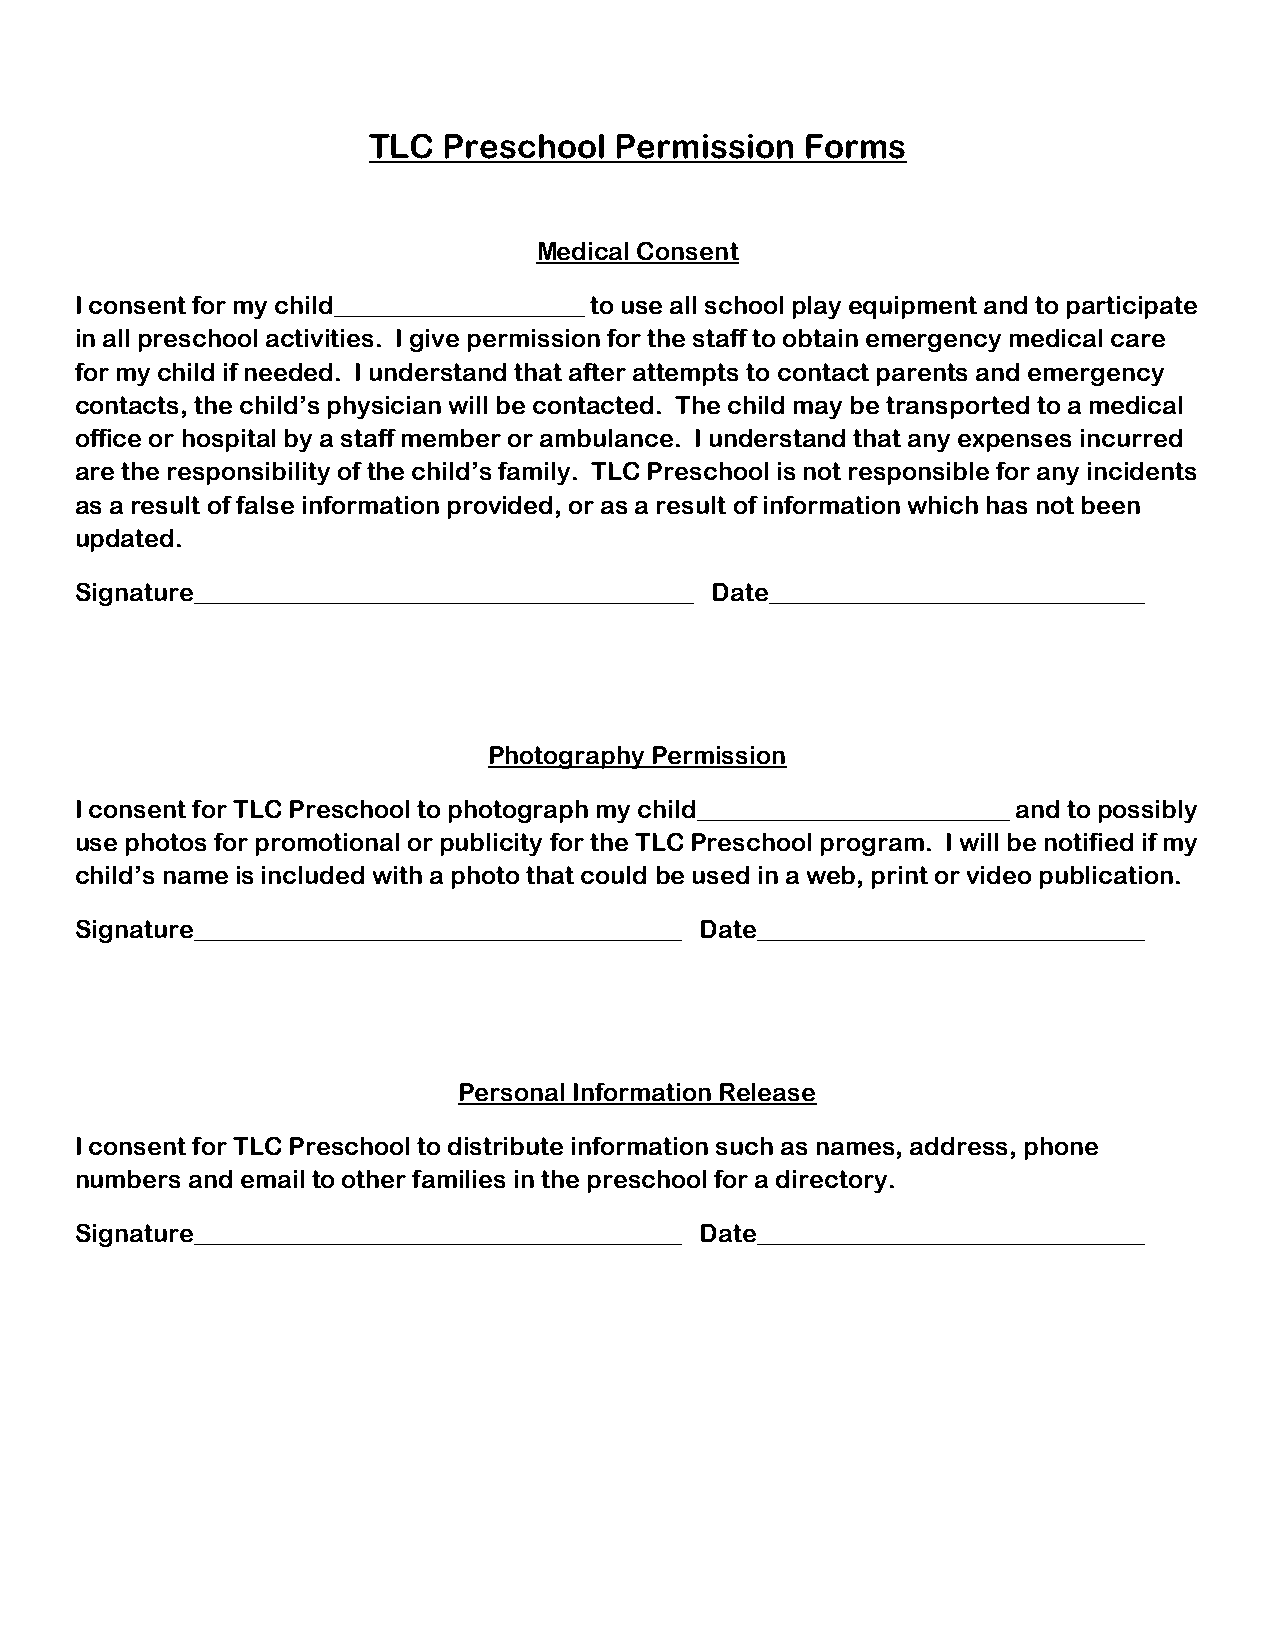
TLC  Preschool   Permission  Forms
 Medical Consent
 I consent for my child____________________ to use all school play equipment and to participate
 in all preschool activities. I give permission for the staff to obtain emergency medical care
 for my child if needed. I understand that after attempts to contact parents and emergency
 contacts, the child’s physician will be contacted. The child may be transported to a medical
 office or hospital by a staff member or ambulance. I understand that any expenses incurred
 are the responsibility of the child’s family. TLC Preschool is not responsible for any incidents
 as a result of false information provided, or as a result of information which has not been
 updated.
 Signature________________________________________ Date______________________________
 Photography Permission
 I consent for TLC Preschool to photograph my child_________________________ and to possibly
 use photos for promotional or publicity for the TLC Preschool program. I will be notified if my
 child’s name is included with a photo that could be used in a web, print or video publication.
 Signature_______________________________________ Date_______________________________
 Personal Information Release
 I consent for TLC Preschool to distribute information such as names, address, phone
 numbers and email to other families in the preschool for a directory.
 Signature_______________________________________ Date_______________________________